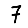
Digit: 7